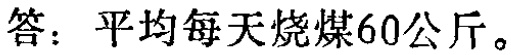
答：平均每天烧煤60公斤。